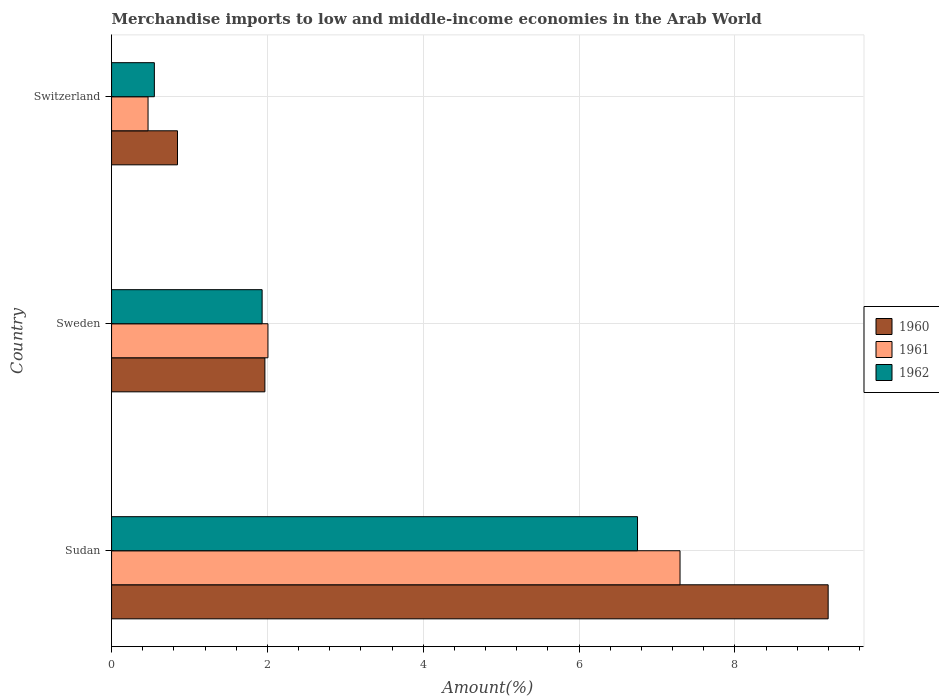
| Country | 1960 | 1961 | 1962 |
 | --- | --- | --- | --- |
 | Sudan | 9.2 | 7.3 | 6.75 |
 | Sweden | 1.97 | 2.01 | 1.93 |
 | Switzerland | 0.846 | 0.468 | 0.549 |